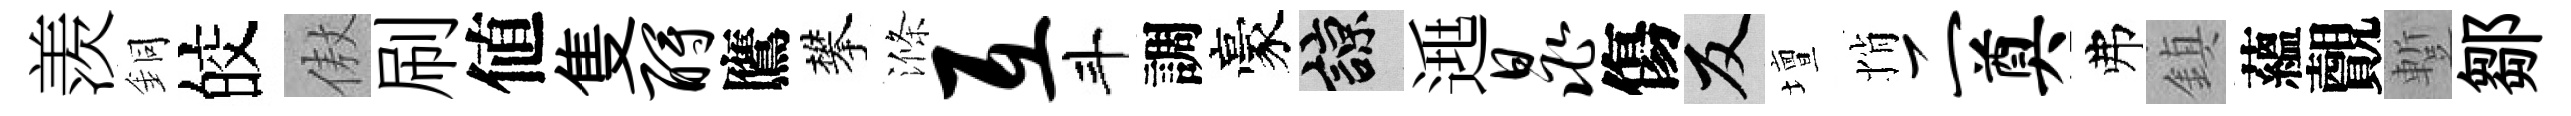
羡銅皎傲刷値隻酹鷹攀滌互斗調豪諒𨓱晁傷反壇悄二奠弗鎮蘊覿蹔鄒